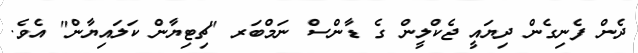
ދެން ފެނިގެން ދިޔައީ ޖެކްލީން ގެ ޑާންސް ނަމްބަރ "ޗިޓިޔާން ކަލައިޔާން" އެވެ.